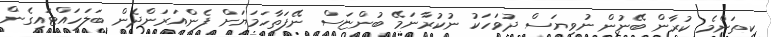
ކިތަންމެ ކުރާން ބޭނުން ނުވިޔަސް ދުވަހަކު ނުކުރާނަމޭ ބުންޏަސް ނޭފަތާހަމަޔަށް ފެންއަރަންދެން ބަލަހައްޓައިގެން